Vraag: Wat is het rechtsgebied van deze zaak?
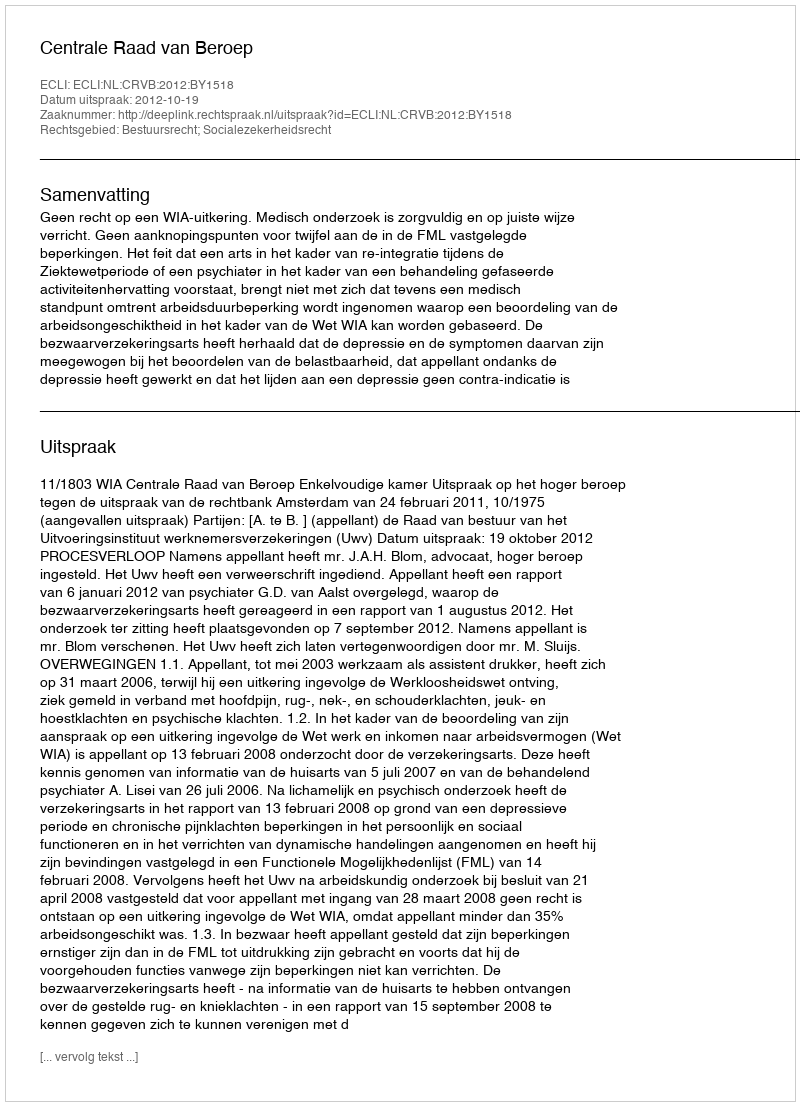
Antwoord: Bestuursrecht; Socialezekerheidsrecht